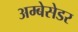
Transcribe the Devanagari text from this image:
अम्बेसेडर